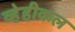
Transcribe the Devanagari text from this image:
व्हेहीकल